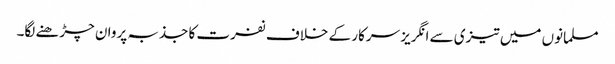
مسلمانوں میں تیزی سے انگریز سرکار کے خلاف نفرت کا جذبہ پروان چڑھنے لگا۔